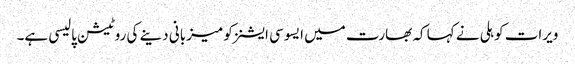
ویرات کوہلی نے کہا کہ بھارت میں ایسوسی ایشنز کو میزبانی دینے کی روٹیشن پالیسی ہے۔